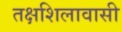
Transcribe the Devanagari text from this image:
तक्षशिलावासी